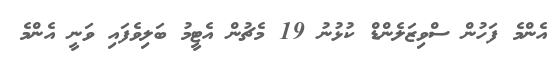
އެންމެ ފަހުން ސްވިޒަލެންޑް ކުޅުނު 19 މެޗުން އެޓީމު ބަލިވެފައި ވަނީ އެންމެ